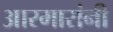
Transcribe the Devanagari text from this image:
आरमारांनी